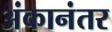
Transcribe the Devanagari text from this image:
अंकानंतर